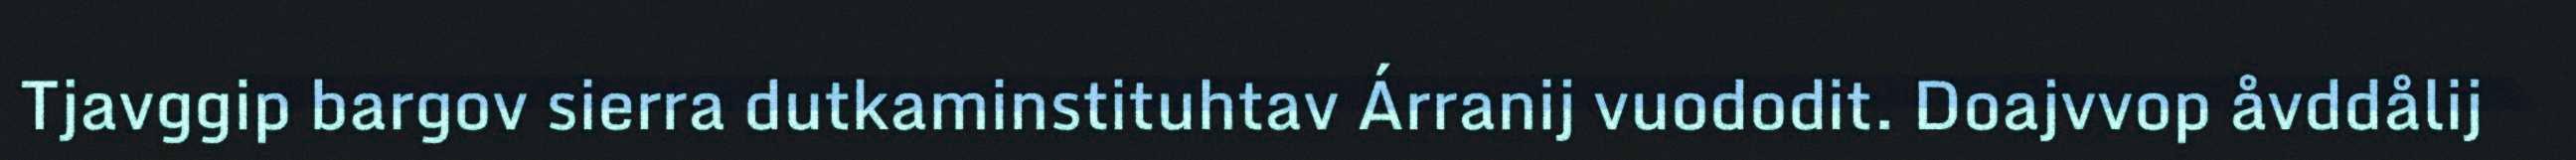
Tjavggip bargov sierra dutkaminstituhtav Árranij vuododit. Doajvvop åvddålij